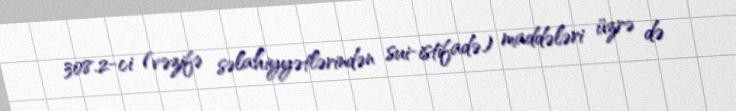
308.2-ci (vəzifə səlahiyyətlərindən sui-istifadə) maddələri üzrə də